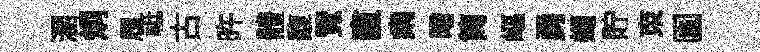
溷炯履祗古旿體馥覽直痢暗筒嶇勇蠅貯朿園